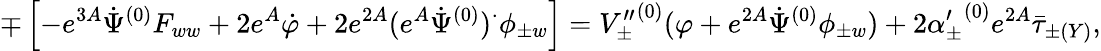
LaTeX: \mp\left[-e^{3A}\dot{\Psi}^{(0)}F_{ww}+2e^{A}\dot{\varphi}+2e^{2A}(e^{A}\dot{\Psi}^{(0)})^{\cdot}\phi_{\pm w}\right]={V_{\pm}^{\prime\prime}}^{(0)}(\varphi+e^{2A}\dot{\Psi}^{(0)}\phi_{\pm w})+2{\alpha_{\pm}^{\prime}}^{(0)}e^{2A}\bar{\tau}_{\pm(Y)},